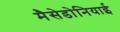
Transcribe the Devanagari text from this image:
मैसेडोनियाई